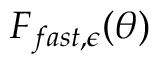
F _ { f a s t , \epsilon } ( \theta )